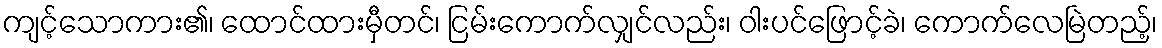
ကျင့်သောကား၏၊ ထောင်ထားမှီတင်၊ ငြမ်းကောက်လျှင်လည်း၊ ဝါးပင်ဖြောင့်ခဲ၊ ကောက်လေမြဲတည့်၊